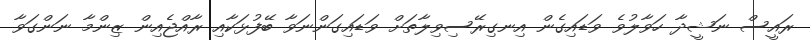
ރައީސް ނަޝީދާ ހަވާލުވެ ވަޑައިގެން އިނގިރޭސިވިލާތަށް ވަޑައިގަންނަވާ ބޭފުޅަކާއި ރާއްޖެއިން ޒިންމާ ނަންގަވާ